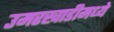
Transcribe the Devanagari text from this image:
उमरखाडीमध्ये